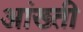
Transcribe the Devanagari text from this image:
आंख्ती